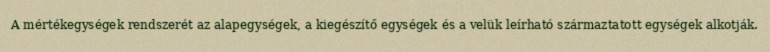
A mértékegységek rendszerét az alapegységek, a kiegészítő egységek és a velük leírható származtatott egységek alkotják.